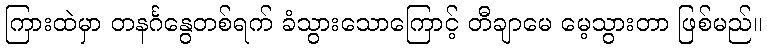
ကြားထဲမှာ တနင်္ဂနွေတစ်ရက် ခံသွားသောကြောင့် တီချာမေ မေ့သွားတာ ဖြစ်မည်။